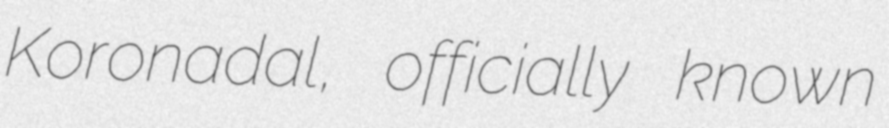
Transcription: Koronadal, officially known